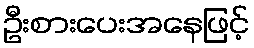
ဦးစားပေးအနေဖြင့်